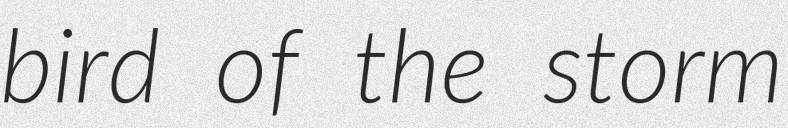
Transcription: bird of the storm